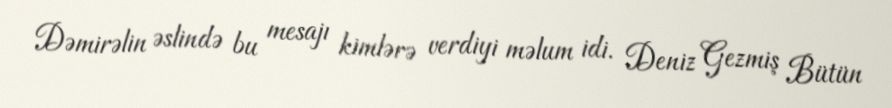
Dəmirəlin əslində bu mesajı kimlərə verdiyi məlum idi. Deniz Gezmiş Bütün